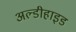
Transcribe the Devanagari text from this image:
अल्डीहाइड